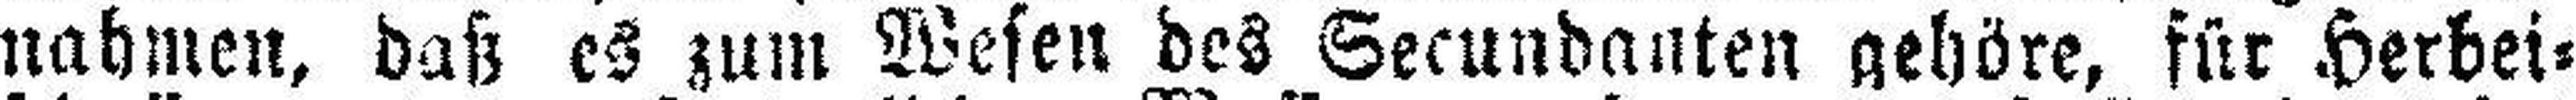
nahmen, daß es zum Wesen des Secundanten gehöre, für Herbei¬